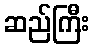
ဆည်ကြီး